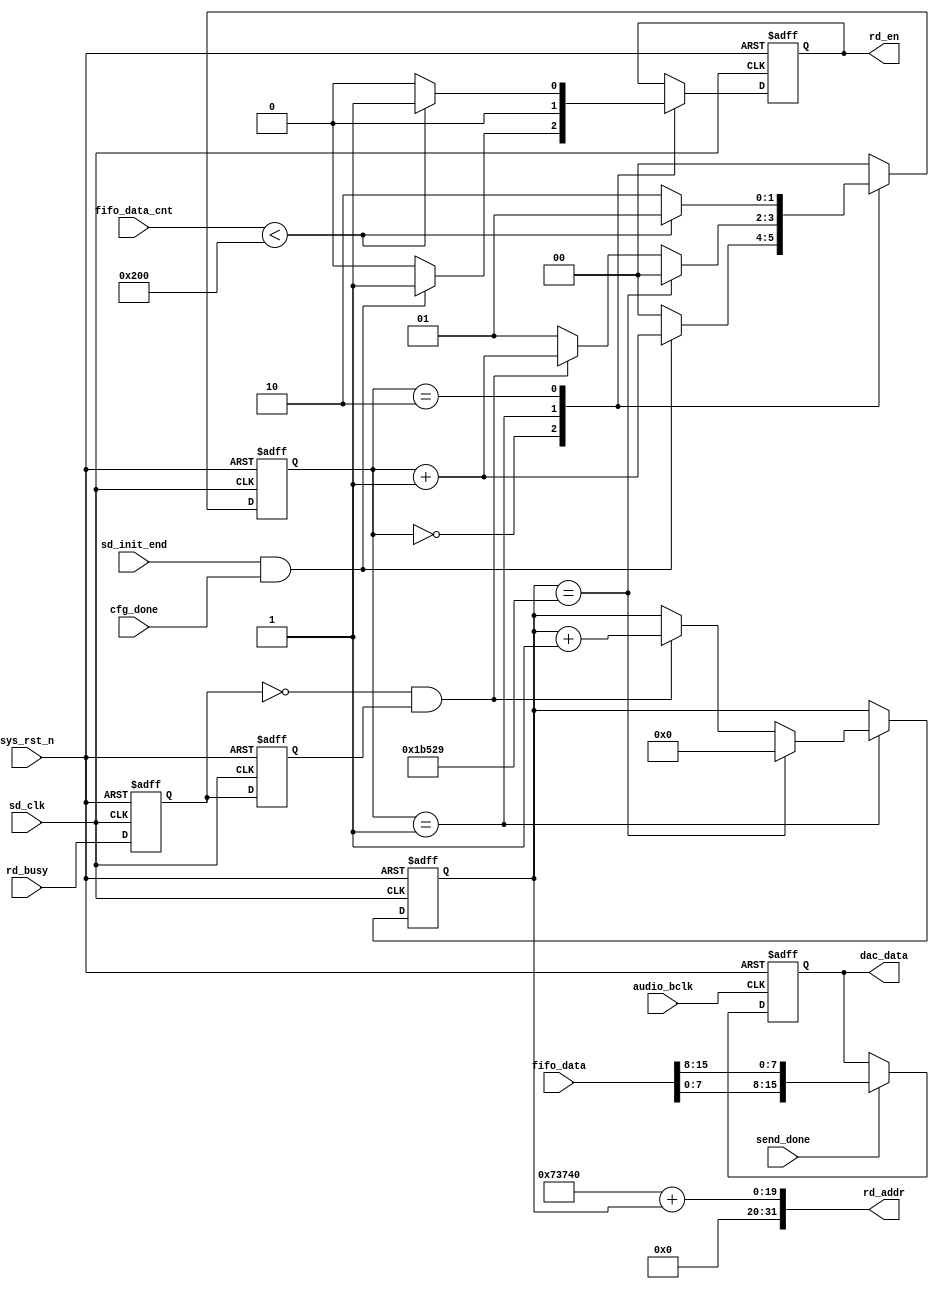
`timescale  1ns/1ns
////////////////////////////////////////////////////////////////////////
// Module Name   : sd_play_ctrl
// Project Name  : audio_sd_play
// Target Devices: Altera EP4CE10F17C8N
// Tool Versions : Quartus 13.0
// Description   : SD
// 
// Revision      : V1.0
// Additional Comments:
// 
// : _Pro_FPGA
//     : http://www.embedfire.com
//     : http://www.firebbs.cn
//     : https://fire-stm32.taobao.com
////////////////////////////////////////////////////////////////////////

module  sd_play_ctrl
#(   
    parameter   INIT_ADDR       =   'd472896 ,   //
    parameter   AUDIO_SECTOR    =   'd111913     //
)
(
    input   wire            sd_clk        ,   //SD
    input   wire            audio_bclk    ,   //WM8978
    input   wire            sys_rst_n     ,   //
    input   wire            sd_init_end   ,   //sd
    input   wire            rd_busy       ,   //
    input   wire            send_done     ,   //
    input   wire    [15:0]  fifo_data     ,   //fifo
    input   wire    [10:0]  fifo_data_cnt ,   //fifo
    input   wire            cfg_done      ,   //

    output  reg             rd_en         ,   //
    output  wire    [31:0]  rd_addr       ,   //
    output  reg     [15:0]  dac_data          //WM8978

);

//********************************************************************//
//***************** Parameter and Internal Signal ********************//
//********************************************************************//

//reg   define
reg             rd_busy_d0      ;   //
reg             rd_busy_d1      ;   //
reg     [16:0]  sector_cnt      ;   //
reg     [1:0]   state           ;   //

//wire  define
wire            rd_busy_fall    ;   //

//********************************************************************//
//******************************* Main Code **************************//
//********************************************************************//

//sd
assign  rd_busy_fall  =  ~rd_busy_d0  &  rd_busy_d1;

//rd_addr
assign  rd_addr =   INIT_ADDR   +   sector_cnt;

//
always@(posedge sd_clk  or  negedge sys_rst_n)
    if(sys_rst_n == 1'b0)
        begin
            rd_busy_d0  <=  1'b0;
            rd_busy_d1  <=  1'b0;
        end
    else
        begin
            rd_busy_d0  <=  rd_busy;
            rd_busy_d1  <=  rd_busy_d0;
        end

//dac_datafifodac_data
//WAVWM8978
always@(posedge audio_bclk  or  negedge sys_rst_n)
    if(sys_rst_n == 1'b0)
        dac_data    <=  16'd0;
    else    if(send_done == 1'b1)
        dac_data    <=  {fifo_data[7:0],fifo_data[15:8]};
    else
        dac_data    <=  dac_data;

//
always@(posedge sd_clk  or  negedge sys_rst_n)
    if(sys_rst_n == 1'b0)
        begin
            state   <=  2'b0;
            sector_cnt  <=  17'd0;
            rd_en       <=  1'b0;
        end
    else
        case(state)
        2'd0:
    //SD
            if(sd_init_end == 1'b1  && cfg_done == 1'b1 )
                begin
                    rd_en   <=  1'b1;
                    state   <=  state + 1'b1;
                end
            else
                begin
                    rd_en   <=  1'b0;
                    state   <=  2'd0;
                end
        2'd1:
    //0
            if(sector_cnt   ==  AUDIO_SECTOR)
                begin
                    rd_en       <=  1'b0;
                    sector_cnt  <=  17'd0;
                    state   <=  2'd0;
                end
    //1
            else    if(rd_busy_fall == 1'b1)
                begin
                    rd_en       <=  1'b0;
                    sector_cnt  <=  sector_cnt  +  17'd1;
                    state   <=  state + 1'b1;
                end
            else
                begin
                    rd_en       <=  1'b0;
                    sector_cnt  <=  sector_cnt;
                    state   <=  2'd1;
                end
        2'd2:
    //fifo2561
            if(fifo_data_cnt < 11'd512)
                begin
                    rd_en   <=  1'd1;
                    state   <=  2'd1;
                end
            else
                begin
                    rd_en   <=  1'd0;
                    state   <=  2'd2;
                end
        default:    state   <=  2'b0;
        endcase

endmodule